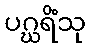
ပဂ္ဃရိံသု